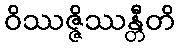
ဝိဿဇ္ဇိဿန္တီတိ